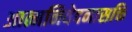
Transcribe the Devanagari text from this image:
आत्मनिवेदनासक्ति